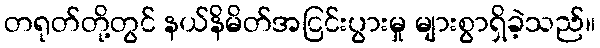
တရုတ်တို့တွင် နယ်နိမိတ်အငြင်းပွားမှု များစွာရှိခဲ့သည်။